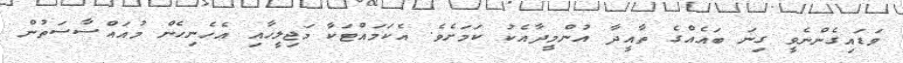
ވަޑައިގެންނެވީ ގިނަ ބައެއްގެ ތާއީދާ އުންމީދާއެކު ކަމަށެވެ. އެކަމައްޓަކާ މަޖިލީހާއި އެހެނިހެން މުއައްސާސަތުން